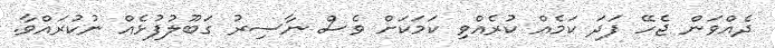
ދެއްވަން ޖެހޭ ފަދަ ކަމެއް ކުރެއްވި ކަމަކަށް ވެސް ނާސިރު ގަބޫލުފުޅެއް ނުކުރައްވާ.